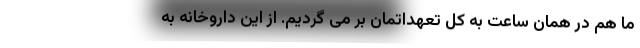
ما هم در همان ساعت به کل تعهداتمان بر می گردیم. از این داروخانه به